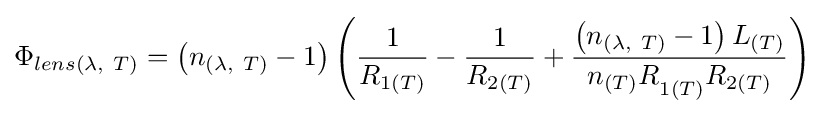
\Phi _{lens\left(\lambda ,\ T\right)}=\left(n_{\left(\lambda ,\ T\right)}-1\right)\left({\frac {1}{R_{1\left(T\right)}}}-{\frac {1}{R_{2\left(T\right)}}}+{\frac {\left(n_{\left(\lambda ,\ T\right)}-1\right)L_{\left(T\right)}}{{n_{\left(T\right)}R}_{1\left(T\right)}R_{2\left(T\right)}}}\right)